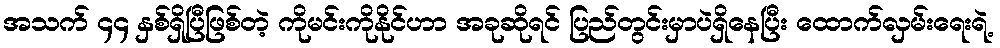
အသက် ၄၄ နှစ်ရှိပြီဖြစ်တဲ့ ကိုမင်းကိုနိုင်ဟာ အခုဆိုရင် ပြည်တွင်းမှာပဲရှိနေပြီး ထောက်လှမ်းရေးရဲ့